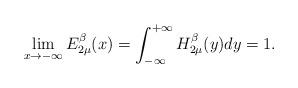
LaTeX: \begin{align*}\lim_{x\rightarrow -\infty}E_{2\mu}^\beta(x)=\int_{-\infty}^{+\infty} H^\beta_{2\mu}(y)dy= 1.\end{align*}